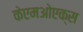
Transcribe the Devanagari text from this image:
केएमओएक्स